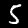
Digit: 5